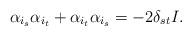
LaTeX: \begin{align*}\alpha_{i_s}\alpha_{i_t}+\alpha_{i_t}\alpha_{i_s}=-2\delta_{st}I.\end{align*}